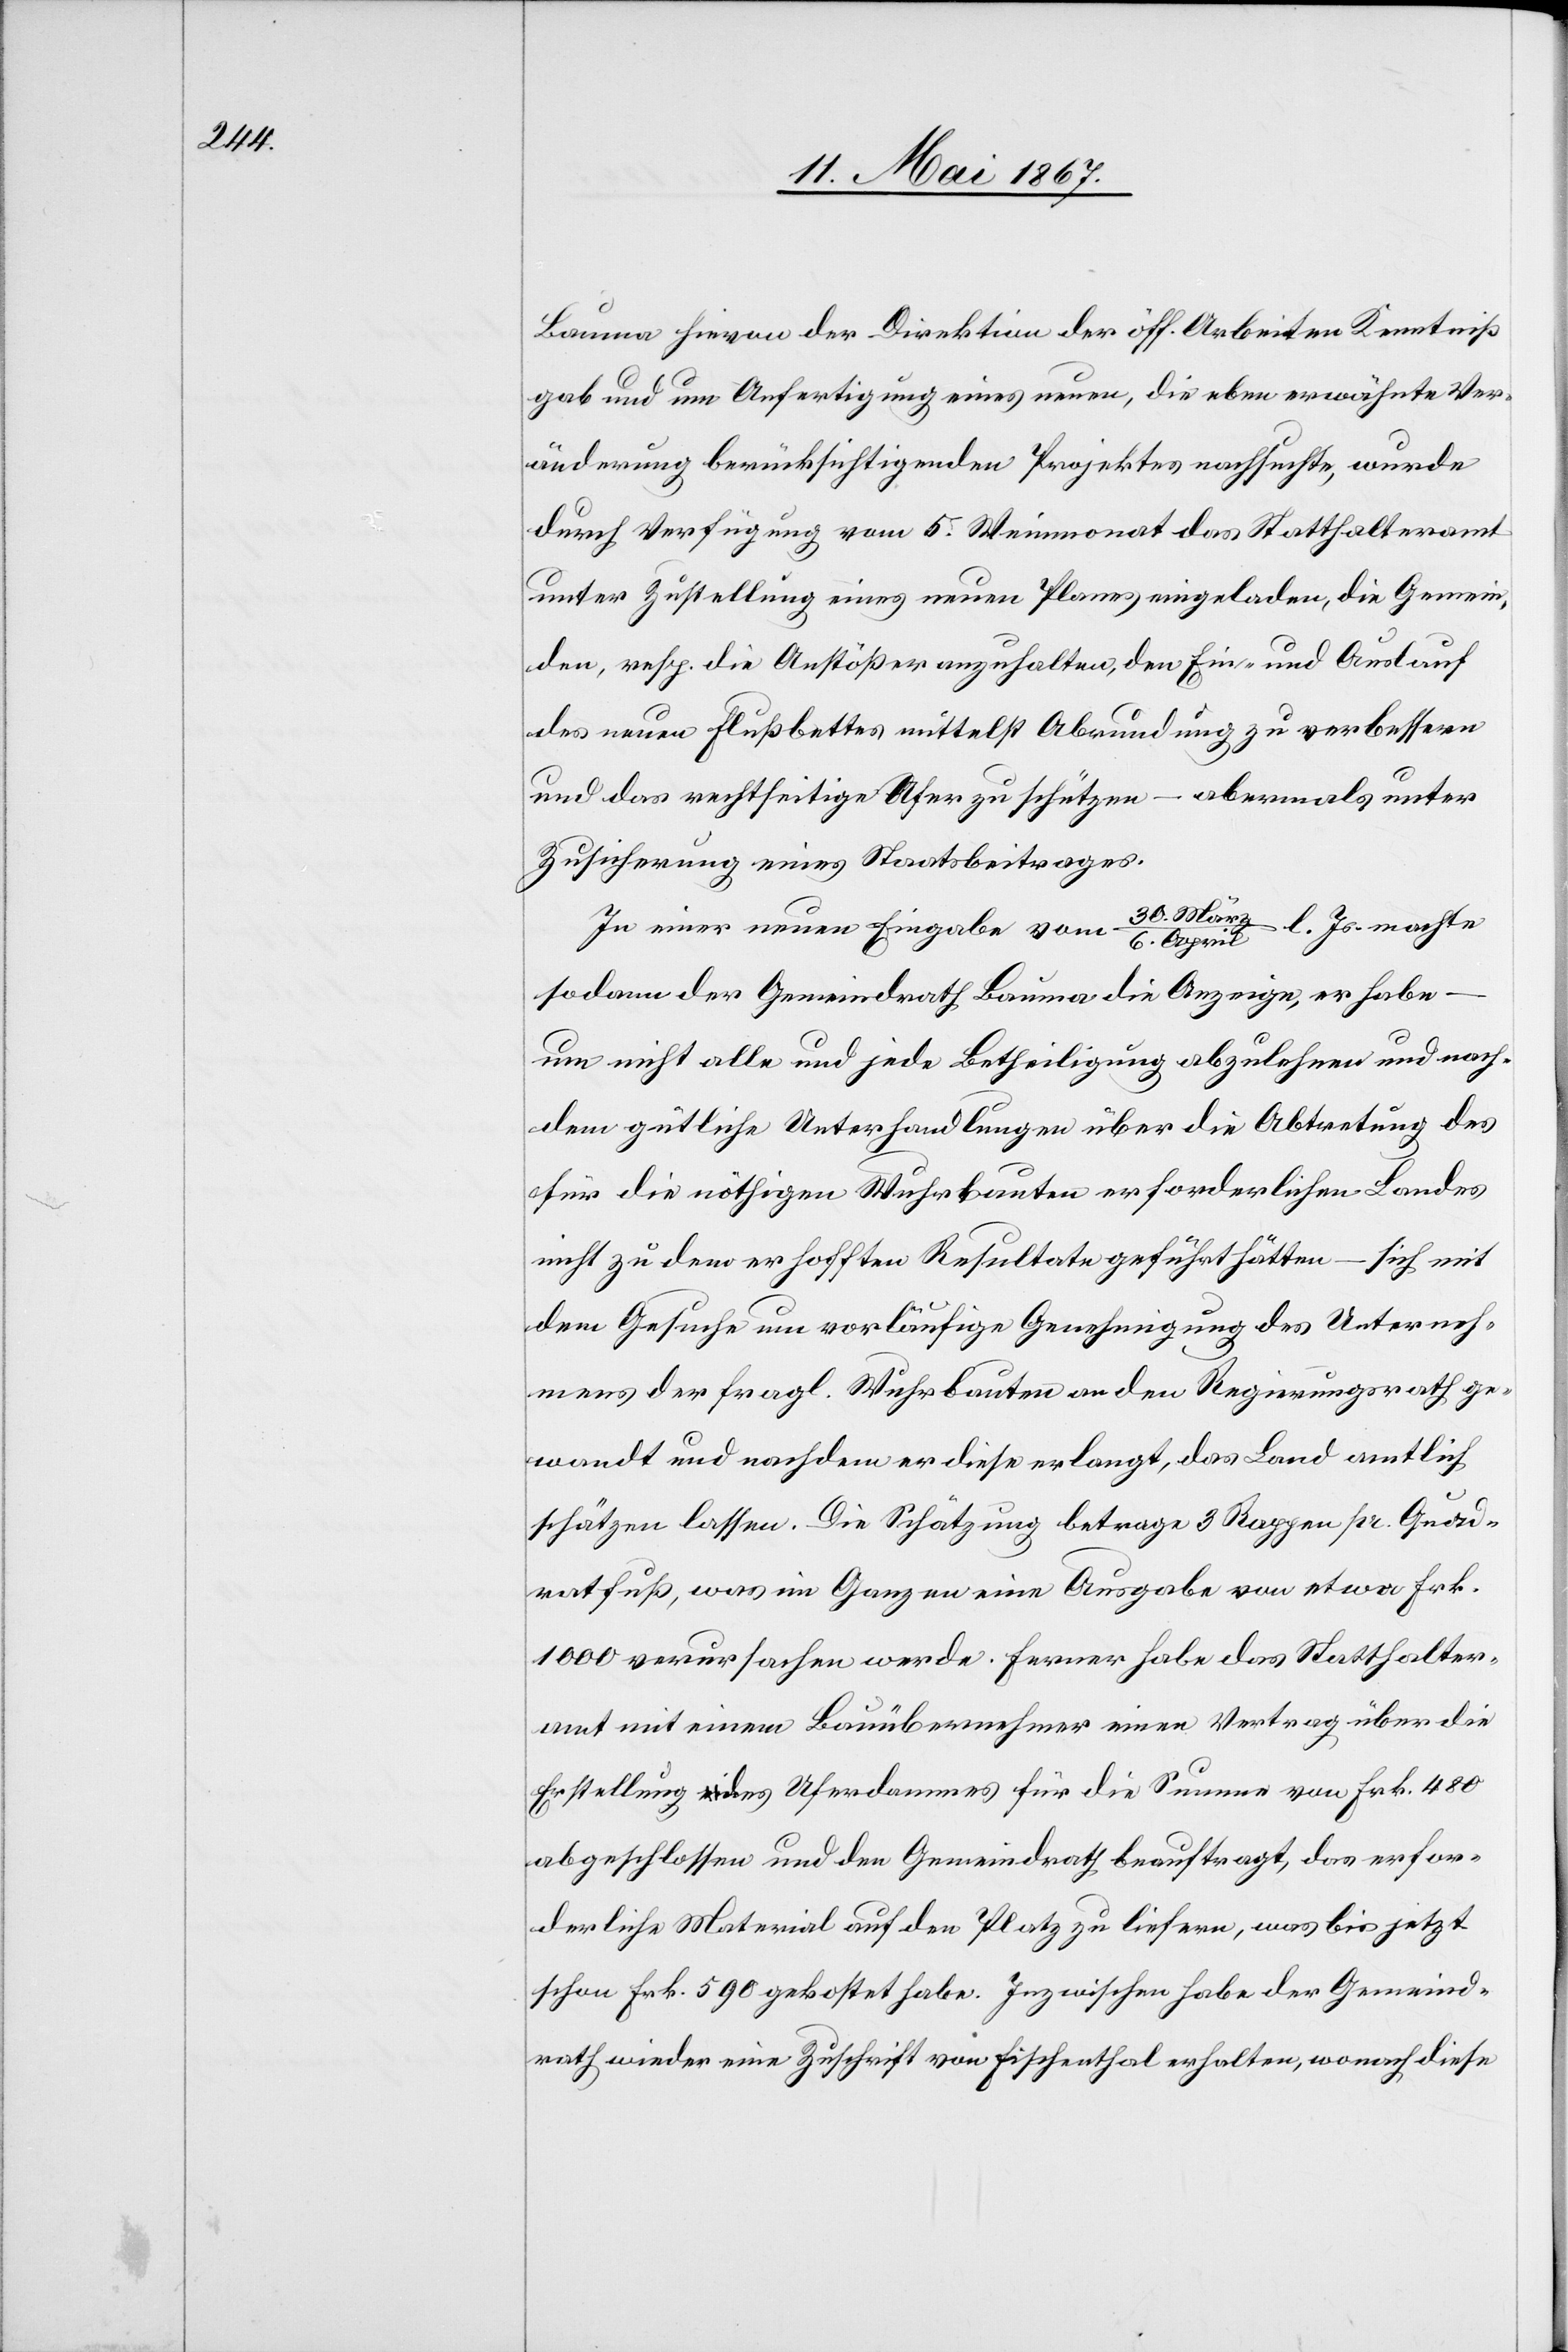
Bauma hievon der Direktion der öff. Arbeiten Kenntniß
gab und um Anfertigung eines neuen, die eben erwähnte Ver¬
änderung berücksichtigenden Projektes nachsuchte, wurde
durch Verfügung vom 5. Weinmonat das Statthalteramt
unter Zustellung eines neuen Planes eingeladen, die Gemein¬
den, resp. die Anstößer anzuhalten, den Ein- und Auslauf
des neuen Flußbettes mittelst Abrundung zu verbessern
und das rechtseitige Ufer zu schützen – abermals unter
Zusicherung eines Staatsbeitrages.
In einer neuen Eingabe vom 30. März / 6. April l. Js. machte
sodann der Gemeindrath Bauma die Anzeige, er habe –
um nicht alle und jede Betheiligung abzulehnen und nach¬
dem gütliche Unterhandlungen über die Abtretung des
für die nöthigen Wuhrbauten erforderlichen Landes
nicht zu dem erhofften Resultate geführt hätten – sich mit
dem Gesuche um vorläufige Genehmigung des Unterneh¬
mens der fragl. Wuhrbauten an den Regierungsrath ge¬
wandt und nachdem er diese erlangt, das Land amtlich
schätzen lassen. Die Schätzung betrage 3 Rappen pr. Quad¬
ratfuß, was im Ganzen eine Ausgabe von etwa Frk.
1000 verursachen werde. Ferner habe das Statthalter¬
amt mit einem Bauübernehmer einen Vertrag über die
Erstellung des Uferdammes für die Summe von Frk. 480
abgeschlossen und den Gemeindrath beauftragt, das erfor¬
derliche Material auf den Platz zu liefern, was bis jetzt
schon Frk. 590 gekostet habe. Inzwischen habe der Gemeind¬
rath wieder eine Zuschrift von Fischenthal erhalten, wonach diese